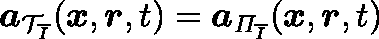
\boldsymbol { a } _ { \mathcal { T } _ { \overline { { I } } } } ( \boldsymbol { x } , \boldsymbol { r } , t ) = \boldsymbol { a } _ { \mathit { \Pi } _ { \overline { { I } } } } ( \boldsymbol { x } , \boldsymbol { r } , t )